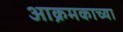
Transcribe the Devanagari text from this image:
आक्रमकाच्या